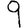
Digit: 9